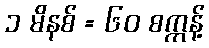
၁ မိနစ် = ၆၀ စက္ကန့်